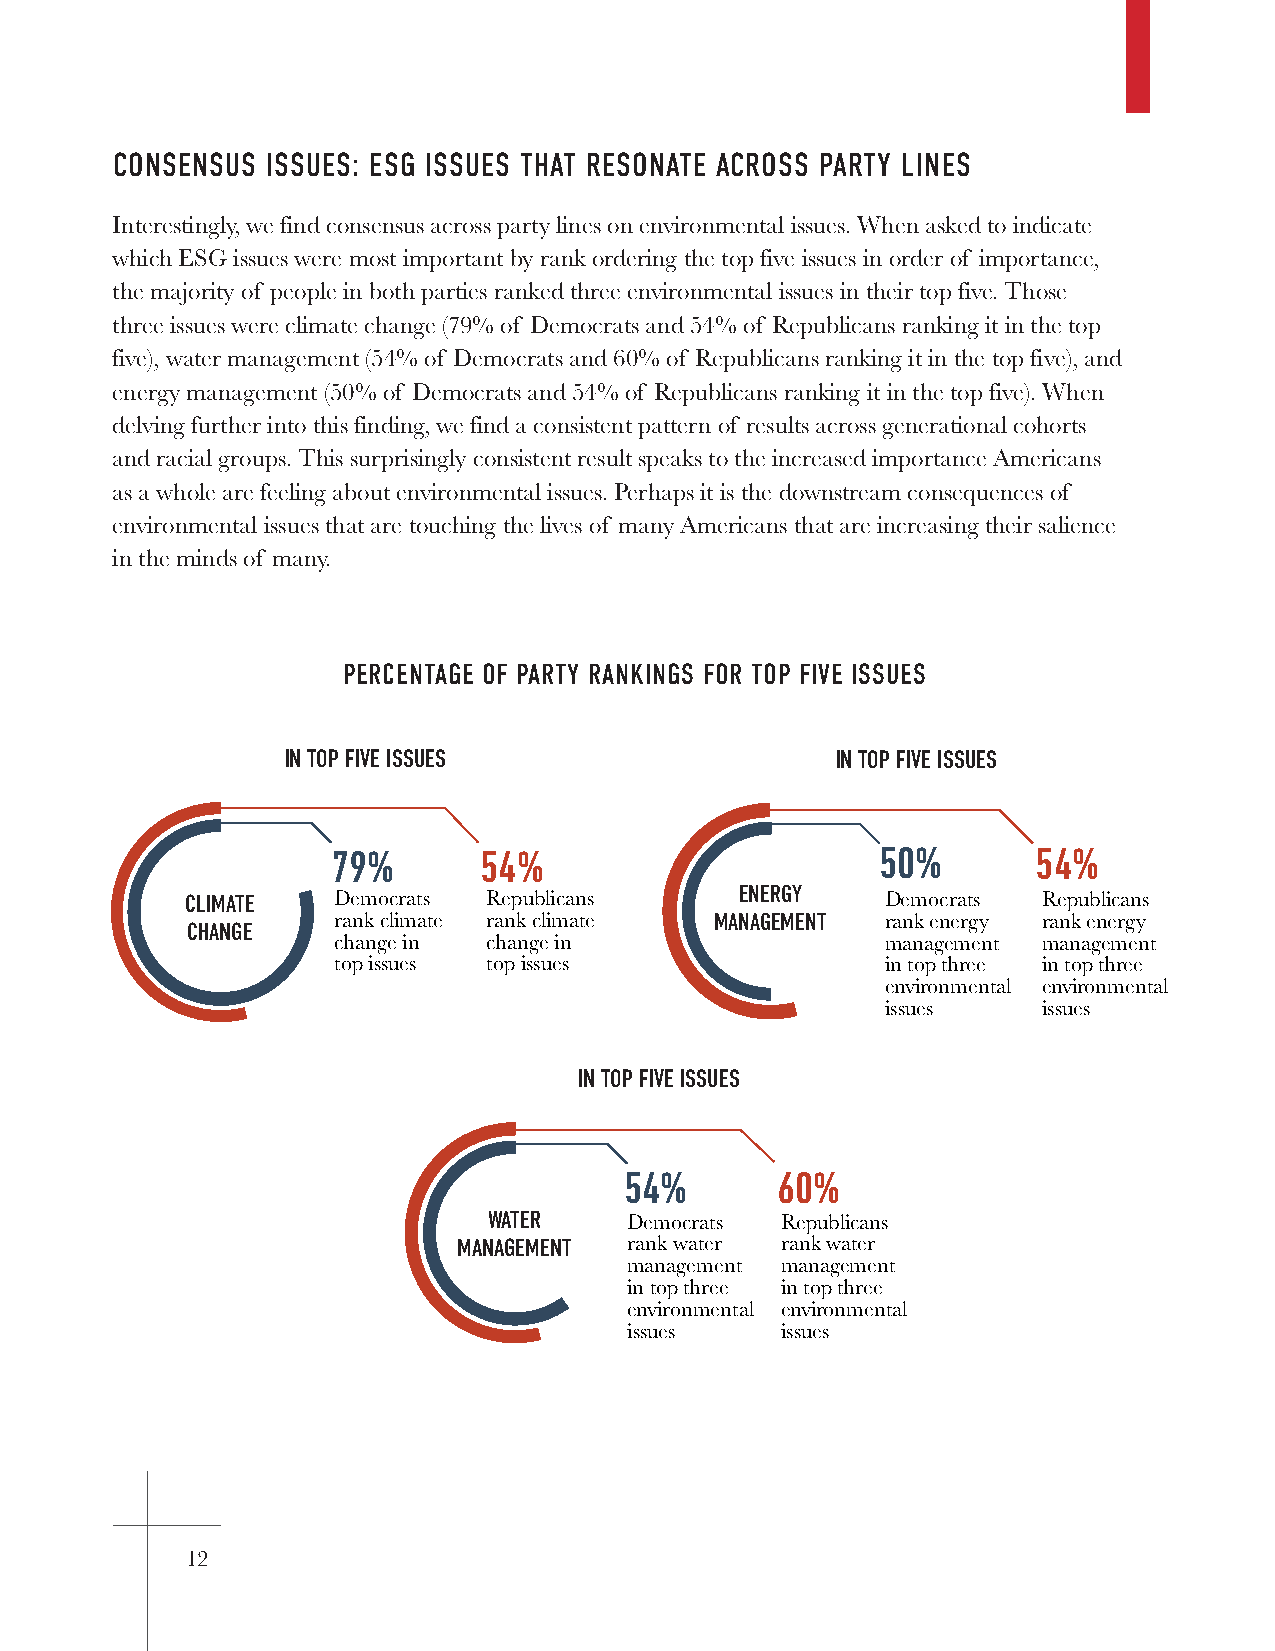
CONSENSUS  ISSUES: ESG ISSUES THAT RESONATE ACROSS PARTY LINES
 Interestingly, we find consensus across party lines on environmental issues. When asked to indicate
 which ESG issues were most important by rank ordering the top five issues in order of importance,
 the majority of people in both parties ranked three environmental issues in their top five. Those
 three issues were climate change (79% of Democrats and 54% of Republicans ranking it in the top
 five), water management (54% of Democrats and 60% of Republicans ranking it in the top five), and
 energy management (50% of Democrats and 54% of Republicans ranking it in the top five). When
 delving further into this finding, we find a consistent pattern of results across generational cohorts
 and racial groups. This surprisingly consistent result speaks to the increased importance Americans
 as a whole are feeling about environmental issues. Perhaps it is the downstream consequences of
 environmental issues that are touching the lives of many Americans that are increasing their salience
 in the minds of many.
 PERCENTAGE OF PARTY RANKINGS FOR TOP FIVE ISSUES
 IN TOP FIVE ISSUES                  IN TOP FIVE ISSUES
 79%       54%                       50%        54%
 ENERGY
 CLIMATE   Democrats Republicans                Democrats Republicans
 rank climate rank climate MANAGEMENT rank energy rank energy
 CHANGE
 change in change in                  management management
 top issues top issues                in top three in top three
 environmental environmental
 issues    issues
 IN TOP FIVE ISSUES
 54%       60%
 WATER     Democrats Republicans
 MANAGEMENT  rank water rank water
 management management
 in top three in top three
 environmental environmental
 issues    issues
 12